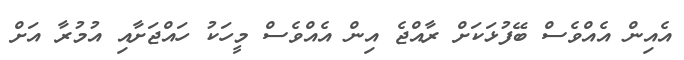
އެއިން އެއްވެސް ބޭފުޅަކަށް ރާއްޖެ އިން އެއްވެސް މީހަކު ހައްޖަށާއި އުމުރާ އަށް